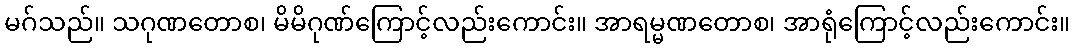
မဂ်သည်။ သဂုဏတောစ၊ မိမိဂုဏ်ကြောင့်လည်းကောင်း။ အာရမ္မဏတောစ၊ အာရုံကြောင့်လည်းကောင်း။